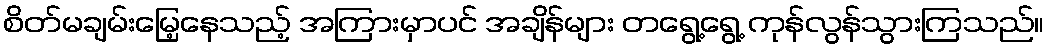
စိတ်မချမ်းမြေ့နေသည့် အကြားမှာပင် အချိန်များ တရွေ့ရွေ့ ကုန်လွန်သွားကြသည်။